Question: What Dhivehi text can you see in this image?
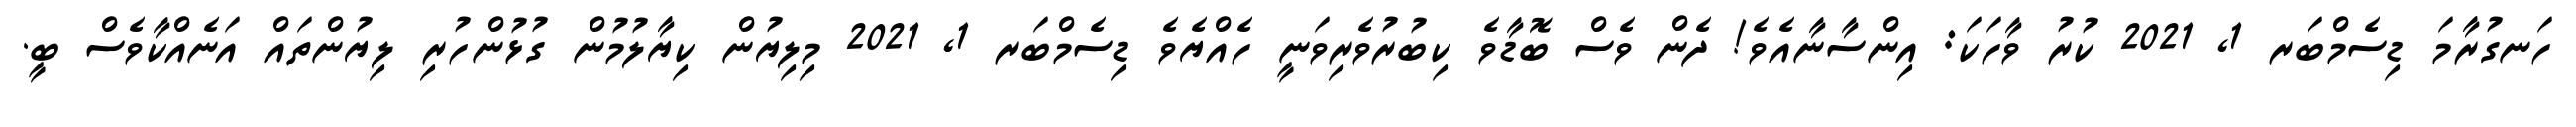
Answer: ހަނގުރާމަ ޑިސެމްބަރ 1, 2021 ކުރު ވާހަކަ: އިންސާނާއެވެ! ދެން ވެސް ބޮޑާވެ ކިބުރުވެރިވަނީ ހެއްޔެވެ ޑިސެމްބަރ 1, 2021 މިލިޔުން ކިޔާލުމުން ގުޅުންހުރި ލިޔުންތައް އަނެއްކާވެސް ބީ.